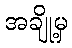
အချို့မှ